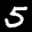
Label: 5